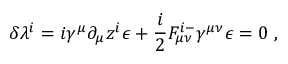
\delta \lambda ^ { i } = i \gamma ^ { \mu } \partial _ { \mu } z ^ { i } \epsilon + { \frac { i } { 2 } } { \cal F } _ { \mu \nu } ^ { i - } \gamma ^ { \mu \nu } \epsilon = 0 \ ,